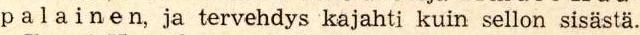
palainen, ja tervehdys kajahti kuin sellon sisästä.